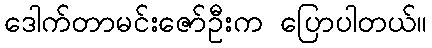
ဒေါက်တာမင်းဇော်ဦးက ပြောပါတယ်။